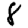
Digit: 8